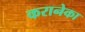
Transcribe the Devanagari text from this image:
करानेका